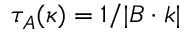
\tau _ { A } ( \boldsymbol { \kappa } ) = 1 / | \boldsymbol { B } \cdot \boldsymbol { k } |